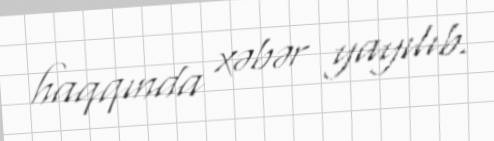
haqqında xəbər yayılıb.